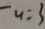
u = 3